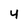
Character: 4